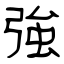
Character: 強